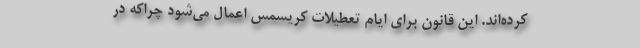
کرده‌اند. این قانون برای ایام تعطیلات کریسمس اعمال می‌شود چراکه در